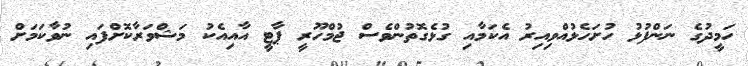
ހަމީދުގެ ނަންފުޅު ހުށަހެޅުއްވިއިރު އެކަމާއި ގުޅެގޮތުންވެސް ޖުމްހޫރީ ޕާޓީ އާއިއެކު މަޝްވަރާކޮށްފައި ނުވާކަމަށް